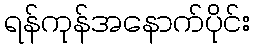
ရန်ကုန်အနောက်ပိုင်း